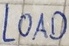
Text: LOAD